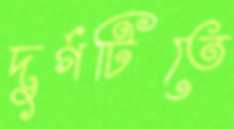
দুর্গটিতে